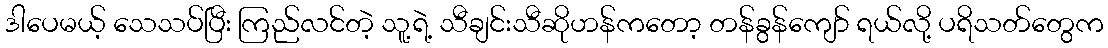
ဒါပေမယ့် သေသပ်ပြီး ကြည်လင်တဲ့ သူ့ရဲ့ သီချင်းသီဆိုဟန်ကတော့ တန်ခွန်ကျော် ရယ်လို့ ပရိသတ်တွေက